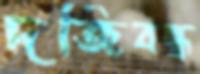
দর্জিবন্ধ